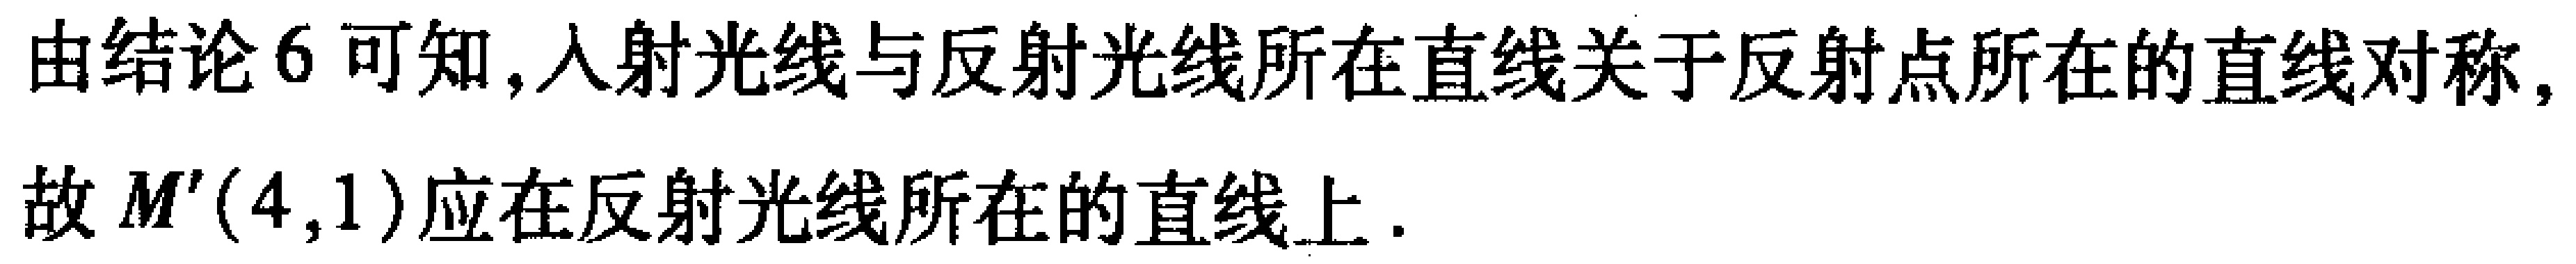
由结论6可知,入射光线与反射光线所在直线关于反射点所在的直线对称,
故\(M'(4,1)\)应在反射光线所在的直线上.